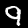
Label: 9